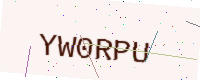
Text: YW0RPU